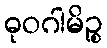
ဓုဝဂါမိဉ္စ